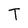
Character: T